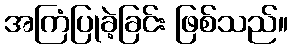
အကြံပြုခဲ့ခြင်း ဖြစ်သည်။